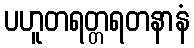
ပဟူတရတ္တရတနာနံ